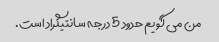
من می گویم حدود 5 درجه سانتیگراد است.